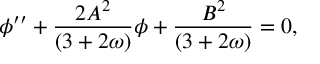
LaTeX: \phi ^ { \prime \prime } + \frac { 2 A ^ { 2 } } { ( 3 + 2 \omega ) } \phi + \frac { B ^ { 2 } } { ( 3 + 2 \omega ) } = 0 ,